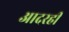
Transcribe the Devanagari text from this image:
आदरही